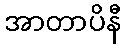
အာတာပိနီ